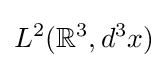
L^{2}(\mathbb {R} ^{3},d^{3}x)